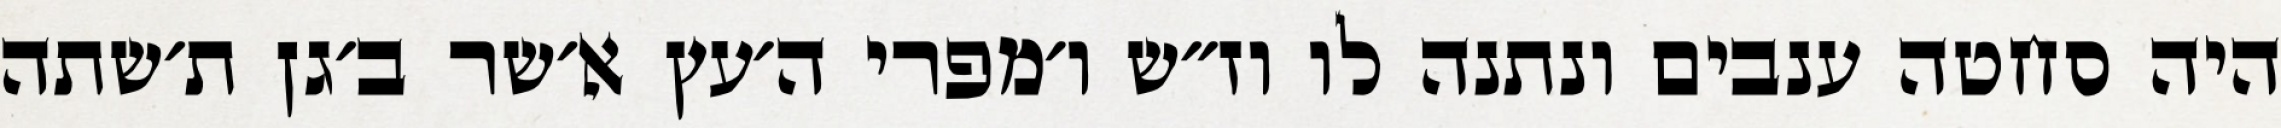
היה סחטה ענבים ונתנה לו וז״ש ו׳מפרי ה׳עץ א׳שר ב׳גן ת׳שתה